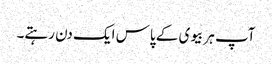
آپ ہر بیوی کے پاس ایک دن رہتے۔